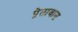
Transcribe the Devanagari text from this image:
प्रेतावास